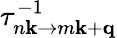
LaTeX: \tau_{n\mathbf{k}\to m\mathbf{k}+\mathbf{q}}^{-1}